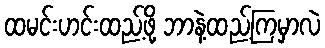
ထမင်းဟင်းထည့်ဖို့ ဘာနဲ့ထည့်ကြမှာလဲ